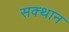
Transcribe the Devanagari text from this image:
सक्थान